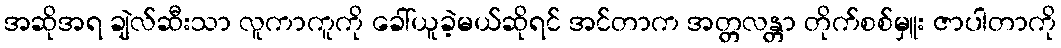
အဆိုအရ ချဲလ်ဆီးသာ လူကာကူကို ခေါ်ယူခဲ့မယ်ဆိုရင် အင်တာက အတ္တလန္တာ တိုက်စစ်မှူး ဇာပါတာကို